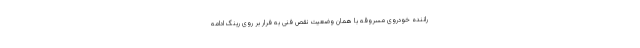
راننده خودروی مسروقه با همان وضعیت نقص فنی به فرار بر روی رینگ ادامه